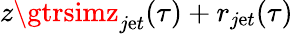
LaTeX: z\gtrsimz_{j\mathrm{e}t}(\tau)+r_{j\mathrm{e}t}(\tau)